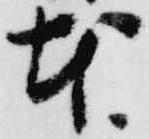
本